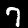
Digit: 7